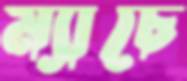
ম্যাচে